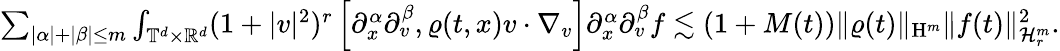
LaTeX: \begin{array}{r}{\sum_{\vert\alpha\vert+\vert\beta\vert\leq m}\int_{\mathbb T^{d}\times\mathbb R^{d}}(1+\vert v\vert^{2})^{r}\left[\partial_{x}^{\alpha}\partial_{v}^{\beta},\varrho(t,x)v\cdot\nabla_{v}\right]\partial_{x}^{\alpha}\partial_{v}^{\beta}f\lesssim(1+M(t))\Vert\varrho(t)\Vert_{\mathrm{H}^{m}}\Vert f(t)\Vert_{\mathcal{H}_{r}^{m}}^{2}.}\end{array}